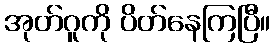
အုတ်ဂူကို ပိတ်နေကြပြီ။